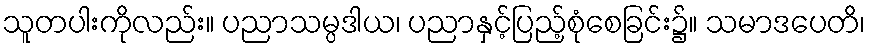
သူတပါးကိုလည်း။ ပညာသမ္ပဒါယ၊ ပညာနှင့်ပြည့်စုံစေခြင်း၌။ သမာဒပေတိ၊